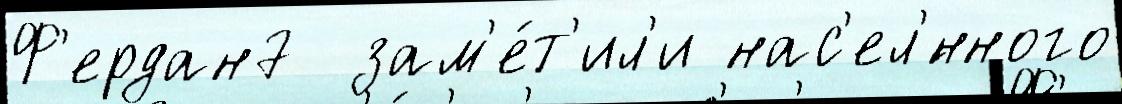
Ф'ердан7  зам'е́т'ил'и нас'ел'́нного